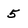
Character: 5